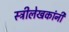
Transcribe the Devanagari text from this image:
स्त्रीलेखकांनी